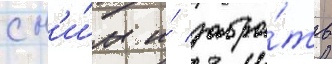
с н'и́м и́ забра́ть